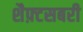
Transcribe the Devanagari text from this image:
शैफ़्टसबरी